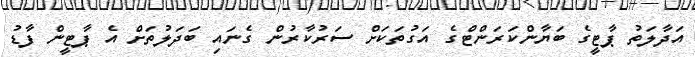
އަދާލަތު ޕާޓީގެ ބަޔާންކަރަންޓްގެ އަގުތަކަށް ސަރުކާރުން ގެނައި ބަދަލުތަށް އެ ޕާޓީން ފާޑު